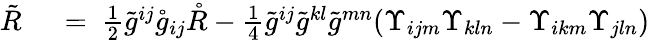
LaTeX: \begin{array}{rl}{\tilde{R}\ }&{{}=\ \frac 12\tilde{g}^{ij}\mathring{g}_{ij}\mathring{R}-\frac 14\tilde{g}^{ij}\tilde{g}^{kl}\tilde{g}^{mn}(\Upsilon_{ijm}\Upsilon_{kln}-\Upsilon_{ikm}\Upsilon_{jln})}\end{array}